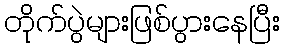
တိုက်ပွဲများဖြစ်ပွားနေပြီး